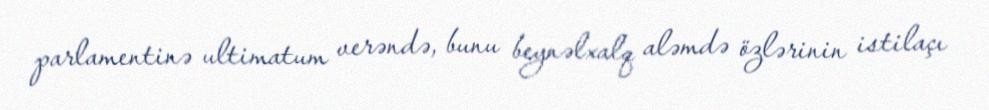
parlamentinə ultimatum verəndə, bunu beynəlxalq aləmdə özlərinin istilaçı